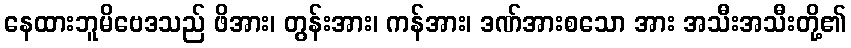
နေထားဘူမိဗေဒသည် ဖိအား၊ တွန်းအား၊ ကန်အား၊ ဒဏ်အားစသော အား အသီးအသီးတို့၏